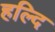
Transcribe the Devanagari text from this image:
हल्दि